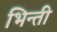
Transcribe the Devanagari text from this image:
भिन्ती